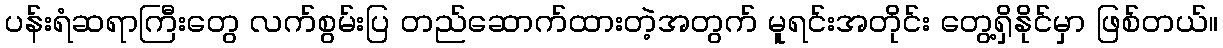
ပန်းရံဆရာကြီးတွေ လက်စွမ်းပြ တည်ဆောက်ထားတဲ့အတွက် မူရင်းအတိုင်း တွေ့ရှိနိုင်မှာ ဖြစ်တယ်။